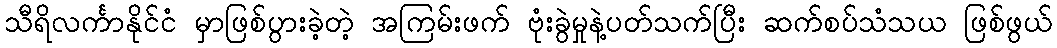
သီရိလင်္ကာနိုင်ငံ မှာဖြစ်ပွားခဲ့တဲ့ အကြမ်းဖက် ဗုံးခွဲမှုနဲ့ပတ်သက်ပြီး ဆက်စပ်သံသယ ဖြစ်ဖွယ်